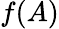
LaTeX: f(A)